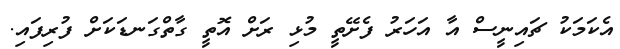
އެކަމަކު ޗައިނީސް އާ އަހަރު ފެށޭތީ މުޅި ރަށް އޮތީ ގާތްގަނޑަކަށް ފުރިފައި.